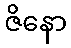
ဇိနော